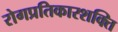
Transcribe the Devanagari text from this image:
रोगप्रतिकारशक्ति